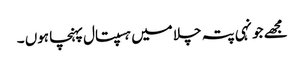
مجھے جونہی پتہ چلا میں ہسپتال پہنچا ہوں ۔